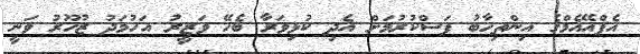
އެފްއޭއެމްގެ އިންތިހާބު ފަސްކުރުމަށް އެދި ކުޅިވަރާ ބެހޭ ވަަޒީރު އަހުމަދު ޒުހޫރު ވަނީ